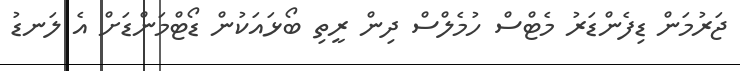
ޖަރުމަން ޑިފެންޑަރު މެޓްސް ހުމެލްސް ދިން ރީތި ބޯޅައަކުން ޑޯޓްމަންޑަށް އެ ލަނޑު